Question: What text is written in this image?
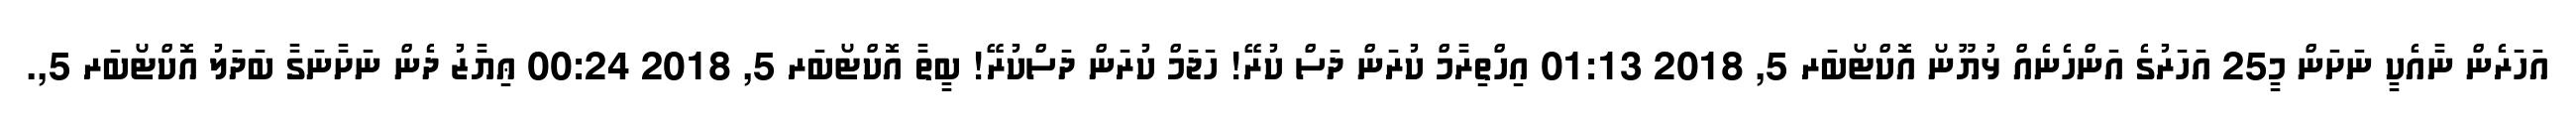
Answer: އަހަރެން ނާއެކީ ނަށަން މީ25 އަހަރުގެ އަންހެނެއް ޅުޔޫނޯ އޮކްޓޯބަރ 5, 2018 01:13 އިހްތިރާމް ކުރަން ދަސް ކުރޭ! ހަޖަމް ކުރަން ދަސްކުރޭ! ބީތާ އޮކްޓޯބަރ 5, 2018 00:24 ޢިޔާޒު ދެން ނަށާނަގާ ބަދަލު އޮކްޓޯބަރ 5,.